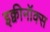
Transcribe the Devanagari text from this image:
इक्वीनॉक्स